Report of the Imperial Institute of Veterinary Research, Muktesar
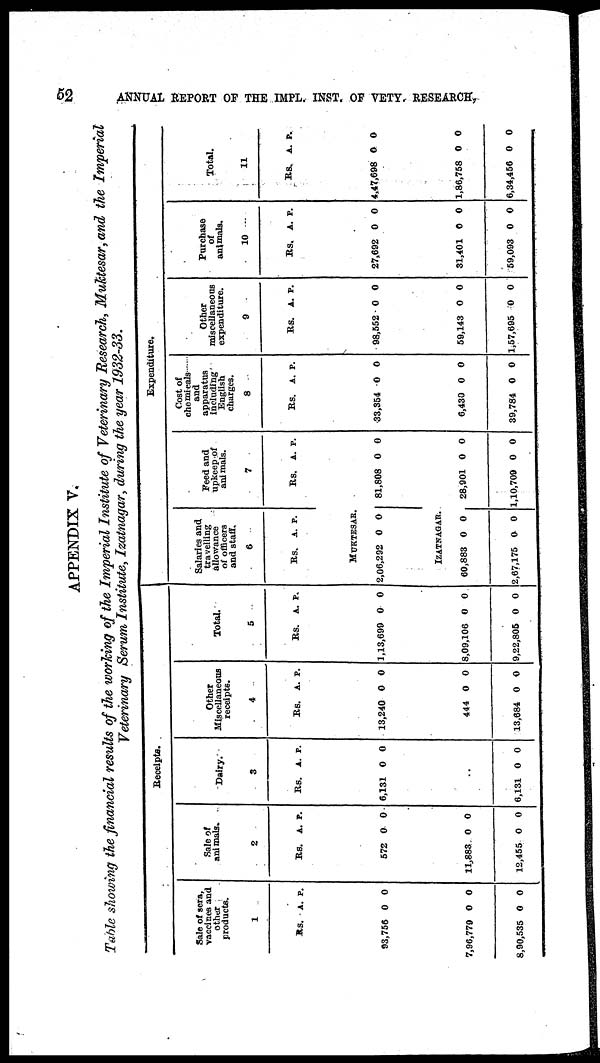
52
ANNUAL REPORT OF THE IMPL. INST. OF VETY. RESEARCH,
APPENDIX V.
Table showing the financial results of the working of the Imperial Institute of Veterinary Research, Muktesar, and the Imperial
Veterinary Serum Institute, Izatnagar, during the year 1932-33.
Receipts.
Sale of sera,
vaccines and
other
products.
1
Rs.
93,756
7,96,779
8,90,535
A.
0
0
0
P.
0
0
0
Sale of
animals.
2
Rs.
572
11,883
12,455
A.
0
0
0
P.
0
0
0
Dairy.
3
Rs.
6,131
6,131
A.
0
..
0
P.
0
0
Other
Miscellaneous
receipts.
4
Rs.
13,240
444
13,684
A.
0
0
0
P.
0
0
0
Total.
5
Rs.
1,13,699
8,09,106
9,22,805
A.
0
0
0
P.
0
0
0
Expenditure.
Salaries and
travelling
allowance
of officers
and staff.
6
Rs.
A. P.
MUKTESAR.
2,06,292 0 0
IZATNAGAR.
60,883
2,67,175
0
0
0
0
Feed and
upkeep of
animals.
7
Rs.
81,808
28,901
1,10,709
A.
0
0
0
P.
0
0
0
Cost of
chemicals
and
apparatus
including
English
charges.
8
Rs.
33,354
6,430
39,784
A.
0
0
0
P.
0
0
0
Other
miscellaneous
expenditure.
9
Rs.
98,552
59,143
1,57,695
A.
0
0
0
P.
0
0
0
Purchase
of
animals.
10
Rs.
27,692
31,401
59,093
A.
0
0
0
P.
0
0
0
Total.
11
Rs.
4,47,698
1,86,758
6,34,456
A.
0
0
0
P.
0
0
0